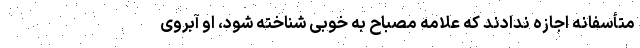
متأسفانه اجازه ندادند که علامه مصباح به خوبی شناخته شود، او آبروی